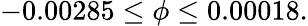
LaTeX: -0.00285\leq\phi\leq 0.00018.